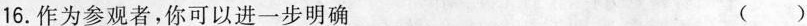
16.作为参观者，你可以进一步明确 ( )